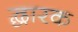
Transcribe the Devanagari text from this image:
द्धारक